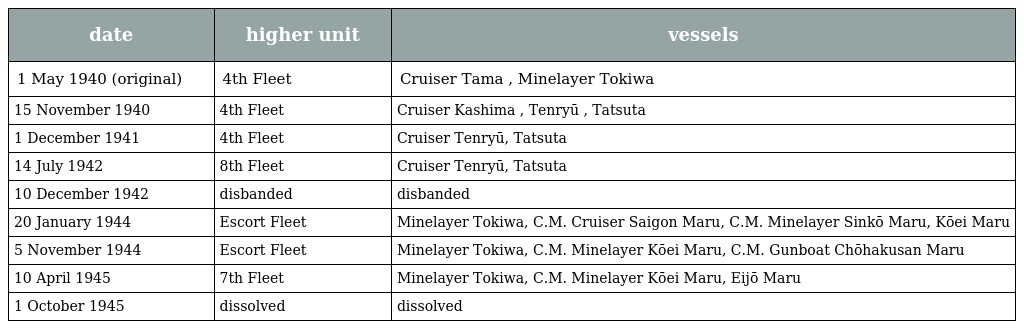
| date | higher unit | vessels |
 | --- | --- | --- |
 | 1 May 1940 (original) | 4th Fleet | Cruiser Tama , Minelayer Tokiwa |
 | 15 November 1940 | 4th Fleet | Cruiser Kashima , Tenryū , Tatsuta |
 | 1 December 1941 | 4th Fleet | Cruiser Tenryū, Tatsuta |
 | 14 July 1942 | 8th Fleet | Cruiser Tenryū, Tatsuta |
 | 10 December 1942 | disbanded | disbanded |
 | 20 January 1944 | Escort Fleet | Minelayer Tokiwa, C.M. Cruiser Saigon Maru, C.M. Minelayer Sinkō Maru, Kōei Maru |
 | 5 November 1944 | Escort Fleet | Minelayer Tokiwa, C.M. Minelayer Kōei Maru, C.M. Gunboat Chōhakusan Maru |
 | 10 April 1945 | 7th Fleet | Minelayer Tokiwa, C.M. Minelayer Kōei Maru, Eijō Maru |
 | 1 October 1945 | dissolved | dissolved |